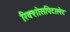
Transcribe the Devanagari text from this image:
रिक्शोसपिटालेट